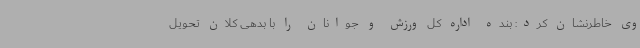
وی خاطرنشان کرد: بنده اداره کل ورزش و جوانان را با بدهی کلان تحویل